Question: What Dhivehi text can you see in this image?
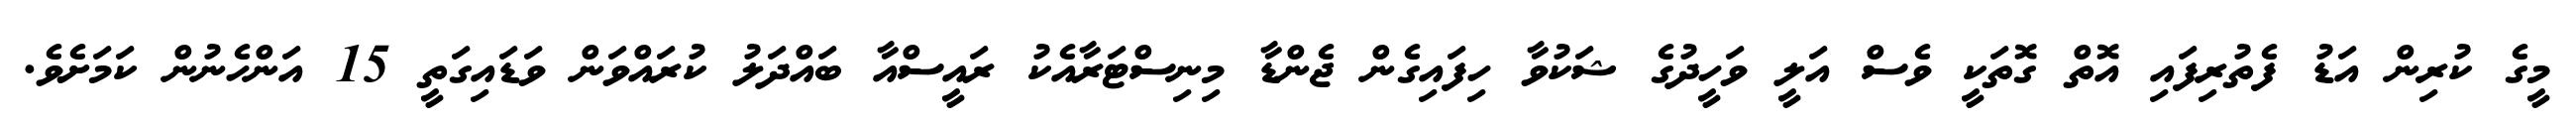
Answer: މީގެ ކުރިން އަޑު ފެތުރިފައި އޮތް ގޮތަކީ ވެސް އަލީ ވަހީދުގެ ޝަކުވާ ހިފައިގެން ޖެންޑާ މިނިސްޓަރާއެކު ރައީސްއާ ބައްދަލު ކުރައްވަން ވަޑައިގަތީ 15 އަންހެނުން ކަމަށެވެ.